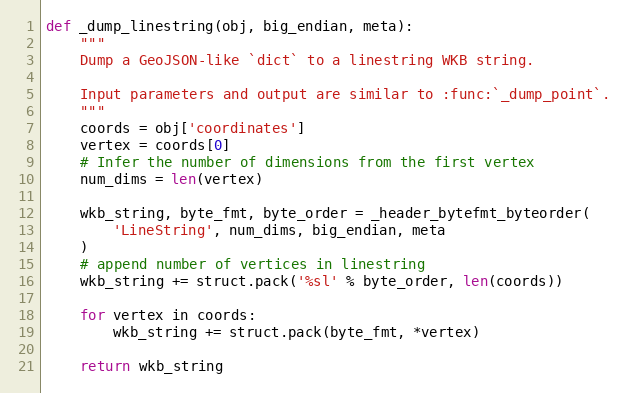
Language: Python
def _dump_linestring(obj, big_endian, meta):
    """
    Dump a GeoJSON-like `dict` to a linestring WKB string.

    Input parameters and output are similar to :func:`_dump_point`.
    """
    coords = obj['coordinates']
    vertex = coords[0]
    # Infer the number of dimensions from the first vertex
    num_dims = len(vertex)

    wkb_string, byte_fmt, byte_order = _header_bytefmt_byteorder(
        'LineString', num_dims, big_endian, meta
    )
    # append number of vertices in linestring
    wkb_string += struct.pack('%sl' % byte_order, len(coords))

    for vertex in coords:
        wkb_string += struct.pack(byte_fmt, *vertex)

    return wkb_string